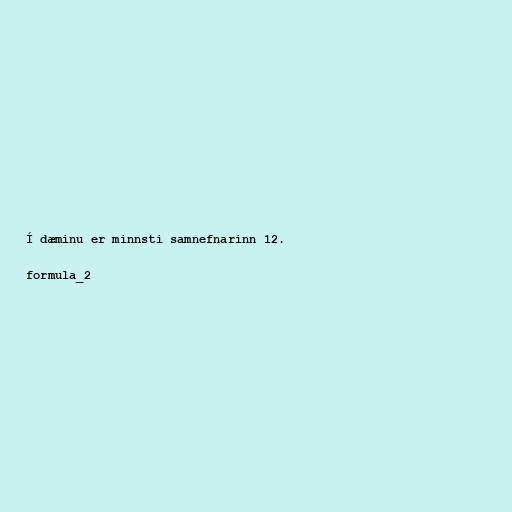
Í dæminu er minnsti samnefnarinn 12.

formula_2